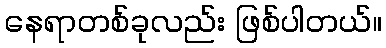
နေရာတစ်ခုလည်း ဖြစ်ပါတယ်။